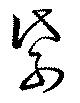
紫